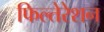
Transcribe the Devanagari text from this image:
फिल्तेरेशन